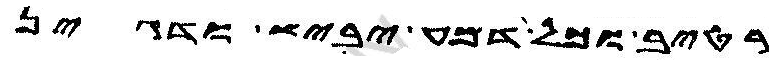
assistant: רטיב וכל דמע יביש ודגין